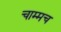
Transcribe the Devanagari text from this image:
चाम्मच